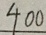
4 0 0